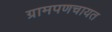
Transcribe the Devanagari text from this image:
ग्रामपणचायत